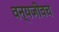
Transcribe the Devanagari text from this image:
वन्यजीवच